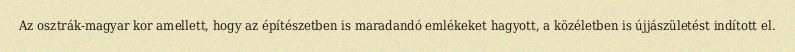
Az osztrák-magyar kor amellett, hogy az építészetben is maradandó emlékeket hagyott, a közéletben is újjászületést indított el.